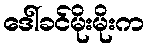
ဒေါ်ခင်မိုးမိုးက